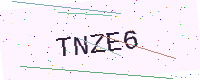
Text: TNZE6